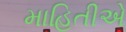
માહિતીએ